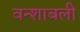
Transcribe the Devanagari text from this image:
वन्शाबली